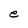
Character: e